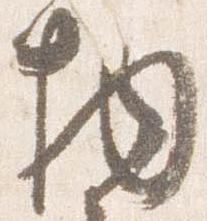
物